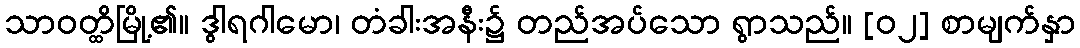
သာဝတ္ထိမြို့၏။ ဒွါရဂါမော၊ တံခါးအနီး၌ တည်အပ်သော ရွာသည်။ [၀၂] စာမျက်နှာ